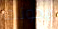
يخونها